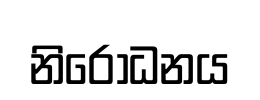
නිරොධනය